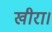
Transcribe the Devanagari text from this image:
खीरा।